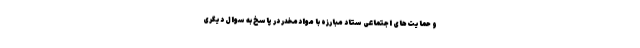
و حمایت‌های اجتماعی ستاد مبارزه با موادمخدر در پاسخ به سوال دیگری